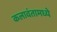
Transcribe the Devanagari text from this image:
कलावंतामध्ये